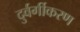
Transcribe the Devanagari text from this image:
दुर्वर्गीकरण